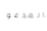
المدعو